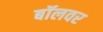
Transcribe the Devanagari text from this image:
बॉलवर